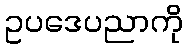
ဥပဒေပညာကို